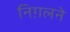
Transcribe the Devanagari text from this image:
निग़लने